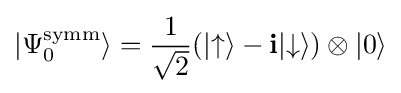
|\Psi _{0}^{\text{symm}}\rangle ={\frac {1}{\sqrt {2}}}(|{\uparrow }\rangle -{\textbf {i}}|{\downarrow }\rangle )\otimes |0\rangle